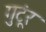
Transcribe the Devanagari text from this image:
गुटूंर